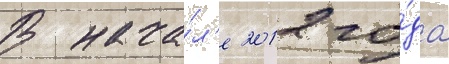
В нача́л'е 2012 го́да